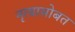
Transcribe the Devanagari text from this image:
नृत्यासोबत